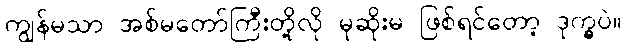
ကျွန်မသာ အစ်မတော်ကြီးတို့လို မုဆိုးမ ဖြစ်ရင်တော့ ဒုက္ခပဲ။